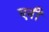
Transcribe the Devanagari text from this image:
एनीं